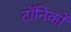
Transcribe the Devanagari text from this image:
टॉनिकों